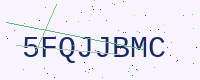
Text: 5FQJJBMC